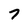
Character: 7